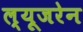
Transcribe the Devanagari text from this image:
ल्यूजरेन